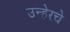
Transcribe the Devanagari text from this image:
उन्हेरचे